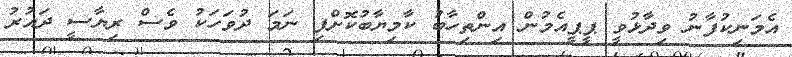
އެމަނިކުފާނު ވިދާޅުވީ ޕީޕީއެމުން އިންތިހާބު ކާމިޔާބުކޮށްފި ނަމަ ދުވަހަކު ވެސް ރިޔާސީ ދައުރު